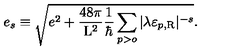
e _ { s } \equiv \sqrt { e ^ { 2 } + \frac { 4 8 \pi } { \mathrm { L } ^ { 2 } } \frac { 1 } { \hbar } \sum _ { p > o } | \lambda \varepsilon _ { p , \mathrm { R } } | ^ { - s } } .